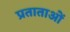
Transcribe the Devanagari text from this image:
प्रताताओं